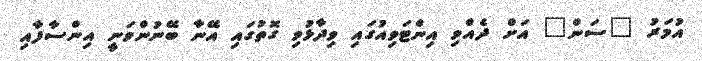
އުމަރު "ސަން" އަށް ދެއްވި އިންޓަވިއުގައި ވިދާޅުވި ގޮތުގައި އޭނާ ބޭނުންވަނީ އިންސާފާއި